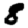
Digit: 8